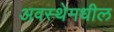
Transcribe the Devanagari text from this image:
अवस्थेमधील